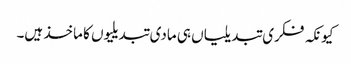
کیونکہ فکری تبدیلیاں ہی مادی تبدیلیوں کا ماخذ ہیں۔